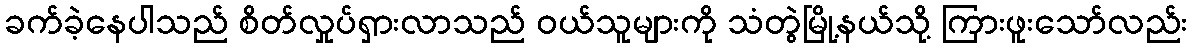
ခက်ခဲ့နေပါသည် စိတ်လှုပ်ရှားလာသည် ဝယ်သူများကို သံတွဲမြို့နယ်သို့ ကြားဖူးသော်လည်း